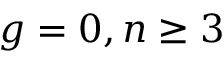
g = 0 , n \geq 3